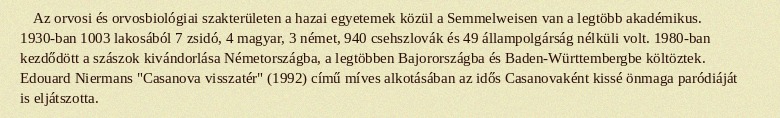
Az orvosi és orvosbiológiai szakterületen a hazai egyetemek közül a Semmelweisen van a legtöbb akadémikus. 1930-ban 1003 lakosából 7 zsidó, 4 magyar, 3 német, 940 csehszlovák és 49 állampolgárság nélküli volt. 1980-ban kezdődött a szászok kivándorlása Németországba, a legtöbben Bajorországba és Baden-Württembergbe költöztek. Edouard Niermans "Casanova visszatér" (1992) című míves alkotásában az idős Casanovaként kissé önmaga paródiáját is eljátszotta.